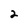
Character: 2